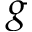
g